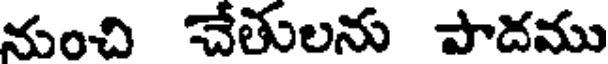
నుంచి చేతులను పాదము